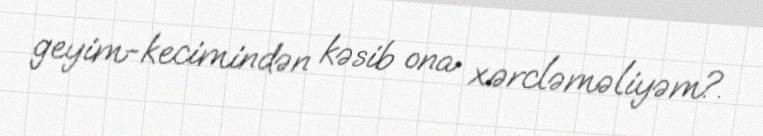
geyim-kecimindən kəsib ona xərcləməliyəm?.